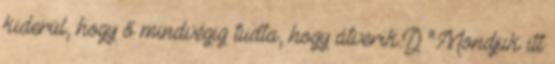
kiderül, hogy ő mindvégig tudta, hogy átverik.:D “Mondjuk itt